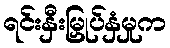
ရင်းနှီးမြှုပ်နှံမှုက